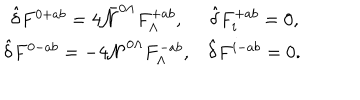
\begin{matrix} { { \hat { \delta } F ^ { 0 + a b } = 4 \bar { \cal N } ^ { 0 \Lambda } F _ { \Lambda } ^ { + a b } , } } & { { \hat { \delta } F _ { i } ^ { + a b } = 0 , } } \\ { { \hat { \delta } F ^ { 0 - a b } = - 4 { \cal N } ^ { 0 \Lambda } F _ { \Lambda } ^ { - a b } , } } & { { \hat { \delta } F ^ { i - a b } = 0 . } } \\ \end{matrix}